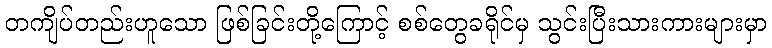
တကျိပ်တည်းဟူသော ဖြစ်ခြင်းတို့ကြောင့် စစ်တွေခရိုင်မှ သွင်းပြီးသားကားများမှာ